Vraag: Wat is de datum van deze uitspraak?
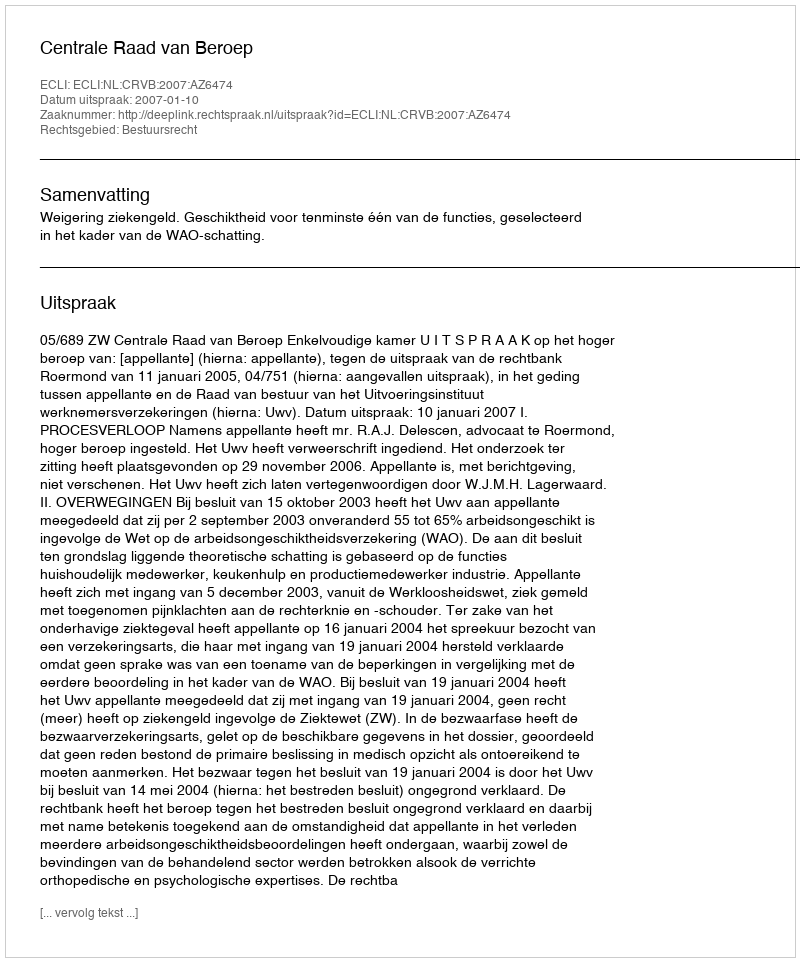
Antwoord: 2007-01-10